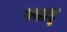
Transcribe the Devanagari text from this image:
पवार्